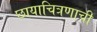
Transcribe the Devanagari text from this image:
छायाचित्रणाची